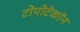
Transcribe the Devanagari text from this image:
टोपोटेकॉन